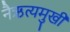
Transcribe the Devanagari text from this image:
नैऋत्यमुखी